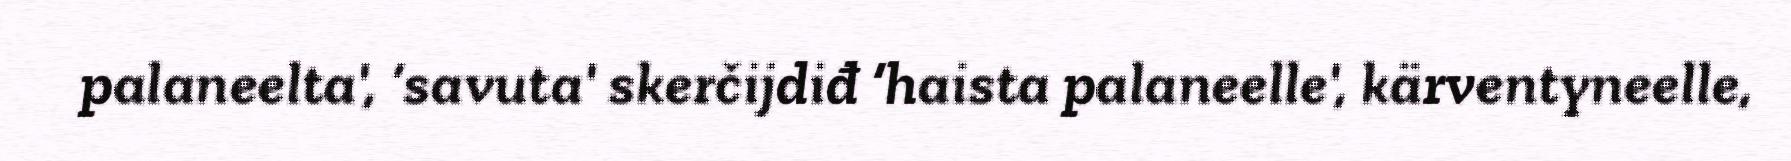
palaneelta', ‘savuta' skerčijdiđ ‘haista palaneelle', kärventyneelle,